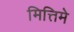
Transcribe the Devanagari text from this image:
मित्तिमे